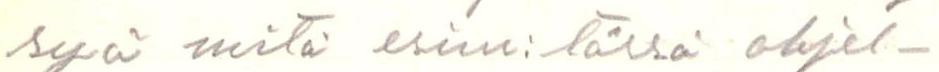
syä mitä esim:tässä ohjel-